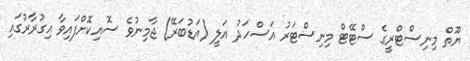
ޔޫތް މިނިސްޓްރީގެ ސްޓޭޓް މިނިސްޓަރު އަސްހަދު އަލީ (އަޑުބަރޭ) ޖާމިނުވެ ސޮއިކޮށްފައިވާ އިގުރާރުގައި